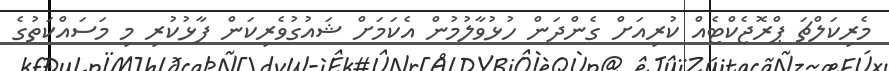
މެރިކަލްޗަ ޕްރޮޖެކްޓެއް ކުރިއަށް ގެންދަން ހުޅުވާލުމުން އެކަމަށް ޝައުގުވެރިކަން ފާޅުކުރި މި މަސައްކަތުގެ